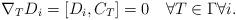
LaTeX: \begin{align*} \nabla_TD_i=[D_i,C_T]=0\quad\forall T\in\Gamma\forall i.\end{align*}